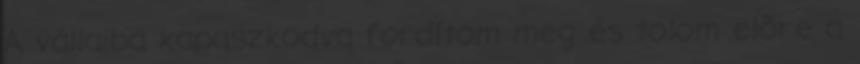
A vállaiba kapaszkodva fordítom meg és tolom előre a